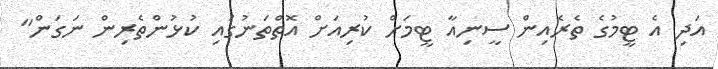
އަދި އެ ޓީމުގެ ތެރެއިން ސީނިއާ ޓީމަށް ކުރިއަށް އޮތްތަނުގައި ކުޅުންތެރިން ނަގަން"